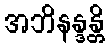
အဘိနန္ဒန္တိ